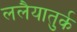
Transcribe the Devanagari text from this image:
ललैयातुर्क